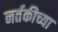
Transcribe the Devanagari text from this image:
नर्तकीच्या